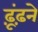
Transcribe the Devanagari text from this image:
ढ़ूंढ़ने